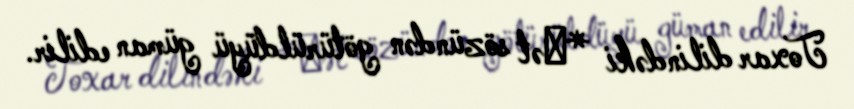
Toxar dilindəki *ḿət sözündən götürüldüyü güman edilir.